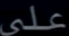
على